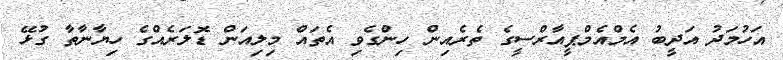
އަހުމަދު އަދީބު އެމްއެމްޕީއާރްސީގެ ތެރެއިން ހިންގެވި އެތައް މިލިއަން ޑޮލަރެއްގެ ހިޔާނާތާ ގުޅޭ